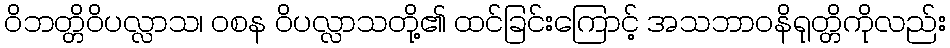
ဝိဘတ္တိဝိပလ္လာသ၊ ဝစန ဝိပလ္လာသတို့၏ ထင်ခြင်းကြောင့် အသဘာဝနိရုတ္တိကိုလည်း